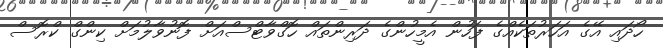
ހޯދައި އޭގެ އަހަރުތަކެއްގެ ފަހުން އެމީހުންގެ ދަރިންތައް ހޮގްވާޓްސްއަށް ފޮނުވާލުމަށް ކިންގް ކްރޮސް